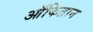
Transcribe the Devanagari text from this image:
ऑकितान